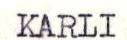
KARLI